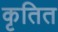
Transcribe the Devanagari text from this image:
कृतित